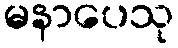
မနာပေသု